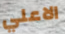
الاعلي